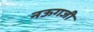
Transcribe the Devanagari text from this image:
नऊगजी